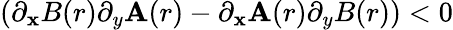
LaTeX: \left(\partial_{\mathbf{x}}B(r)\partial_{y}\mathbf{A}(r)-\partial_{\mathbf{x}}\mathbf{A}(r)\partial_{y}B(r)\right)<0